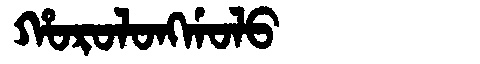
Manchu: ᡥᠣᡵᠣᠯᠣᠩᡤᠣᠯᠣ
Romanization: HOROLONGGOLO